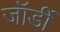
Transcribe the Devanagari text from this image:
जॉर्डी